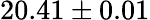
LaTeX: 20.41\pm 0.01